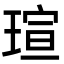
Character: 瑄